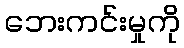
ဘေးကင်းမှုကို